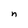
Character: n